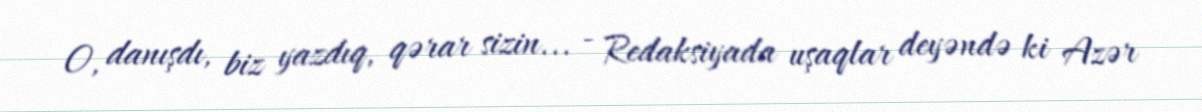
O, danışdı, biz yazdıq, qərar sizin... - Redaksiyada uşaqlar deyəndə ki Azər